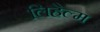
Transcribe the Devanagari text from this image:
लिहेल्म